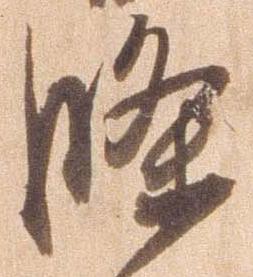
条